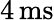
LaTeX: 4\, \mathrm{ms}